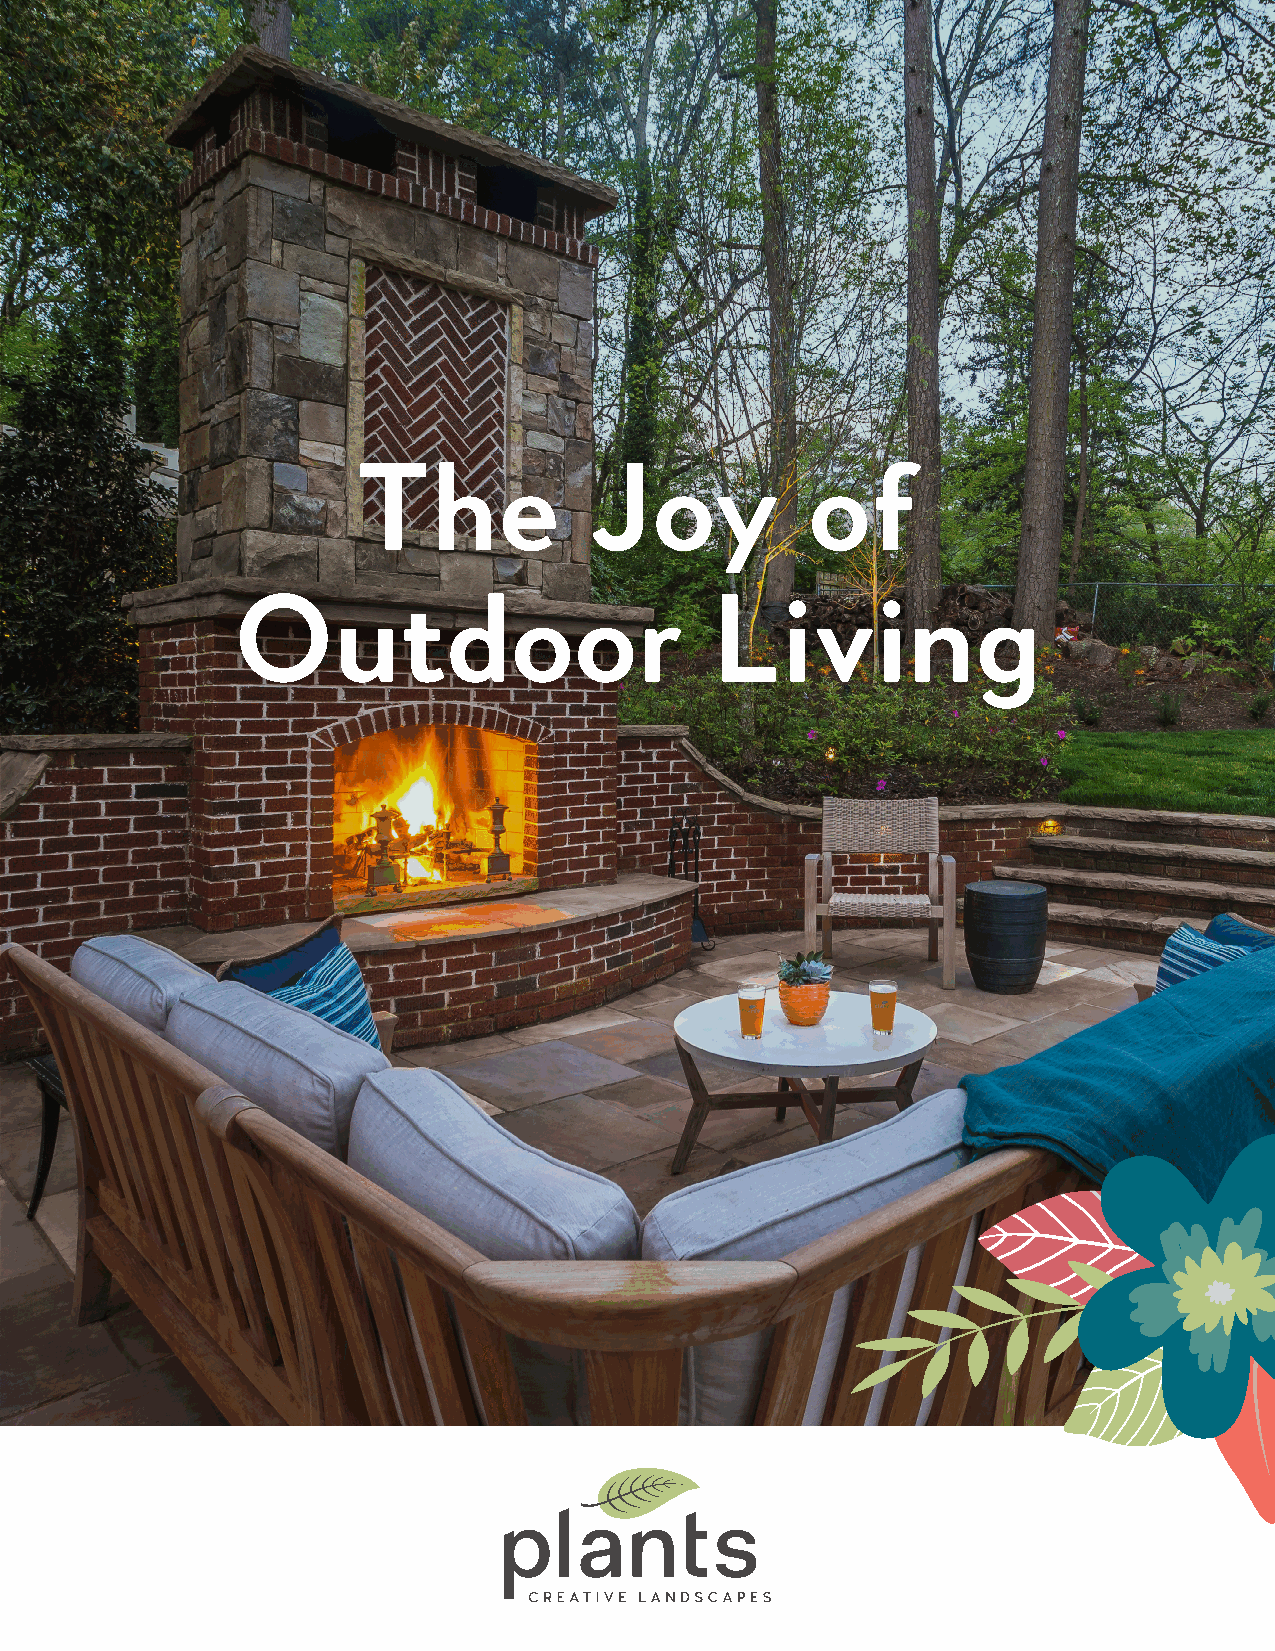
The             Joy           of
 Outdoor                         Living